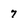
Character: 7